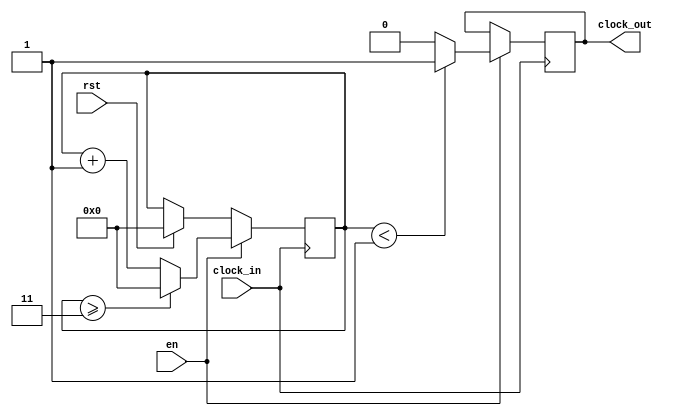
`timescale 1ns / 1ps
//////////////////////////////////////////////////////////////////////////////////
// Company: 
// Engineer: 
// 
// Design Name: 
// Module Name: clock_divider_dens
// Project Name: 
// Target Devices: 
// Tool Versions: 
// Description: 
// 
// Dependencies: 
// 
// Revision:
// Revision 0.01 - File Created
// Additional Comments:
// 
//////////////////////////////////////////////////////////////////////////////////


module clock_divider_dens(clock_in,en,rst,clock_out);

    input clock_in; // input clock on FPGA
    input en,rst;
    output reg clock_out; // output clock after dividing the input clock by divisor
    reg[27:0] counter=28'd0;
    parameter DIVISOR = 28'd4; //parameter DIVISOR = 28'd12;
    // The frequency of the output clk_out
    //  = The frequency of the input clk_in divided by DIVISOR
    // For example: Fclk_in = 50Mhz, if you want to get 1Hz signal to blink LEDs
    // You will modify the DIVISOR parameter value to 28'd50.000.000
    // Then the frequency of the output clk_out = 50Mhz/50.000.000 = 1Hz
    
    initial
    begin
        clock_out=0;
    end
    
    always @(posedge clock_in)
    begin
        if(rst)
        begin
            counter <= 28'd0;
        end
        if(en)
        begin
            counter <= counter + 28'd1;
            if(counter>=(DIVISOR-1))
            begin
                counter <= 28'd0;
            end
            clock_out <= (counter<DIVISOR/4)?1'b1:1'b0; // clock_out <= (counter<DIVISOR/12)?1'b1:1'b0;
        end
    end
endmodule